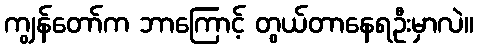
ကျွန်တော်က ဘာကြောင့် တွယ်တာနေရဦးမှာလဲ။